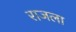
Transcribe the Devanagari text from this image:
राजला